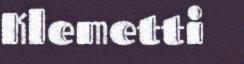
Klemetti